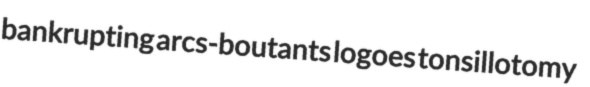
bankrupting arcs-boutants logoes tonsillotomy